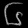
Digit: ၆